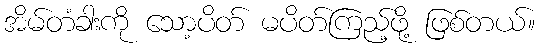
အိမ်တံခါးကို သော့ပိတ် မပိတ်ကြည့်ဖို့ ဖြစ်တယ်။